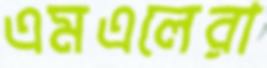
এমএলেরা